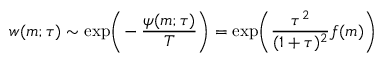
\displaystyle { w ( m ; \tau ) \sim \exp \! \bigg ( \! - \frac { \psi ( m ; \tau ) } { T } \bigg ) = \exp \! \bigg ( \frac { \tau ^ { 2 } } { ( 1 + \tau ) ^ { 2 } } f ( m ) \bigg ) }